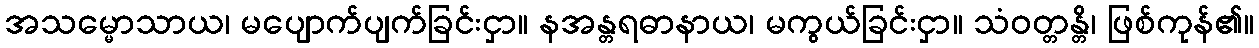
အသမ္မောသာယ၊ မပျောက်ပျက်ခြင်းငှာ။ နအန္တရဓာနာယ၊ မကွယ်ခြင်းငှာ။ သံဝတ္တန္တိ၊ ဖြစ်ကုန်၏။